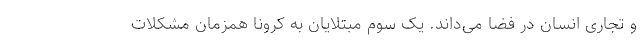
و تجاری انسان در فضا می‌داند. یک سوم مبتلایان به کرونا همزمان مشکلات